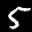
Label: 5